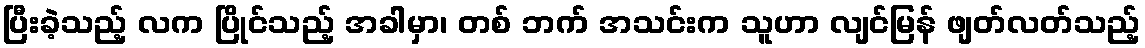
ပြီးခဲ့သည့် လက ပြိုင်သည့် အခါမှာ၊ တစ် ဘက် အသင်းက သူဟာ လျင်မြန် ဖျတ်လတ်သည့်